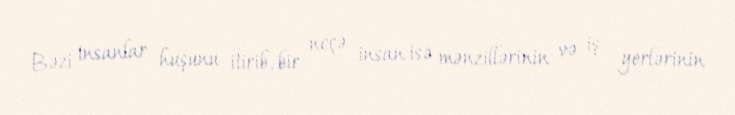
Bəzi insanlar huşunu itirib, bir neçə insan isə mənzillərinin və iş yerlərinin